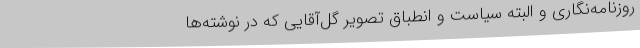
روزنامه‌نگاری و البته سیاست و انطباق تصویر گل‌آقایی که در نوشته‌ها